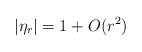
\begin{align*} |\eta_r| = 1+O(r^2) \end{align*}